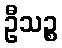
ဦသဉ္စ